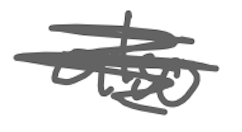
Text: also
Cross-out: scratch
Writing tool: digital_gray